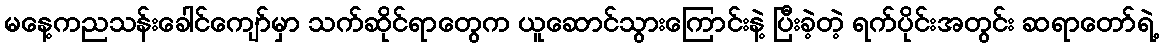
မနေ့ကညသန်းခေါင်ကျော်မှာ သက်ဆိုင်ရာတွေက ယူဆောင်သွားကြောင်းနဲ့ ပြီးခဲ့တဲ့ ရက်ပိုင်းအတွင်း ဆရာတော်ရဲ့